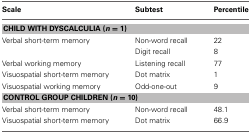
<table><thead><tr><td><b>Scale</b></td><td><b>Subtest</b></td><td><b>Percentile</b></td></tr></thead><tbody><tr><td colspan="3"><b>CHILD WITH DYSCALCULIA (<i>n</i> = 1</b>)</td></tr><tr><td>Verbal short-term memory</td><td>Non-word recall</td><td>22</td></tr><tr><td></td><td>Digit recall</td><td>8</td></tr><tr><td>Verbal working memory</td><td>Listening recall</td><td>77</td></tr><tr><td>Visuospatial short-term memory</td><td>Dot matrix</td><td>1</td></tr><tr><td>Visuospatial working memory</td><td>Odd-one-out</td><td>9</td></tr><tr><td colspan="3"><b>CONTROL GROUP CHILDREN (<b><i>n</i></b> = <b>10</b>)</b></td></tr><tr><td>Verbal short-term memory</td><td>Non-word recall</td><td>48.1</td></tr><tr><td>Visuospatial short-term memory</td><td>Dot matrix</td><td>66.9</td></tr></tbody></table>